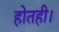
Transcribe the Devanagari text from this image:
होतही।